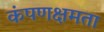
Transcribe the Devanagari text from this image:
कंपणक्षमता